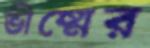
ভীষ্মের